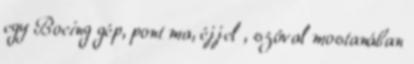
egy Boeing gép, pont ma, éjjel , szóval mostanában